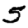
Digit: 5